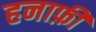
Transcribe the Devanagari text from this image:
हनाफ़ी